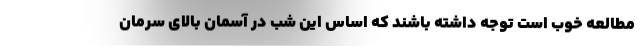
مطالعه خوب است توجه داشته باشند که اساس این شب در آسمان بالای سرمان